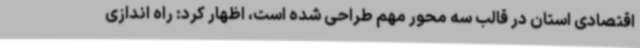
اقتصادی استان در قالب سه محور مهم طراحی شده است، اظهار کرد: راه اندازی